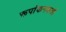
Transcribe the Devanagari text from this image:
रूपांकनकर्ता